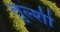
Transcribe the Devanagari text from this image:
तुल्शी